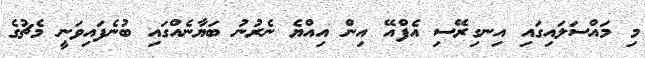
މި މައްސަލައިގައި އިނގިރޭސި އެފްއޭ އިން އިއްޔެ ނެރުނު ބަޔާނެއްގައި ބުނެފައިވަނީ މެޗުގެ